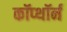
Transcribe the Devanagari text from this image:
कॉप्थॉर्न